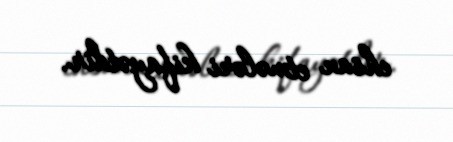
ehsan etmələri kifayətdir.